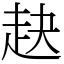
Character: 赽